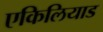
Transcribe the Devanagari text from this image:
एकिलियाड